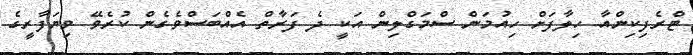
ޓްރެފިކިންއާ ހިލާފަށް ހިއުމަން ސްމަގްލިން އަކީ ދެ ފަރާތް އެއްބަސްވެގެން ކުރެވޭ ވިޔަފާރީގެ